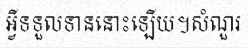
អ្វីទទួលទាននោះឡើយ។សំណួរ